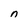
Character: n